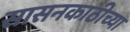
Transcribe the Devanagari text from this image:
सासनकाठीच्या